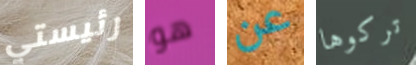
رئيستي هو عن تركوها